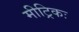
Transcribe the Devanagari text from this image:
मीट्रिकः